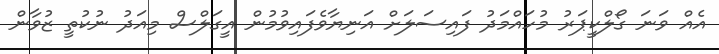
އެއް ވަނަ ގޯލްކީޕަރު މުހައްމަދު ފައިސަލަށް އަނިޔާވެފައިވުމުން އީގަލްސް މިއަދު ނުކުތީ ޒުވާން